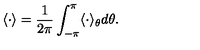
\langle \cdot \rangle = \frac { 1 } { 2 \pi } \int _ { - \pi } ^ { \pi } \langle \cdot \rangle _ { \theta } d \theta .